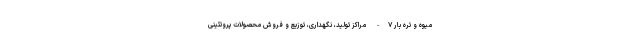
میوه و تره بار ۷- مراکز تولید، نگهداری، توزیع و فروش محصولات پروتئینی